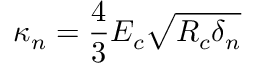
\kappa _ { n } = \frac { 4 } { 3 } E _ { c } \sqrt { R _ { c } \delta _ { n } }